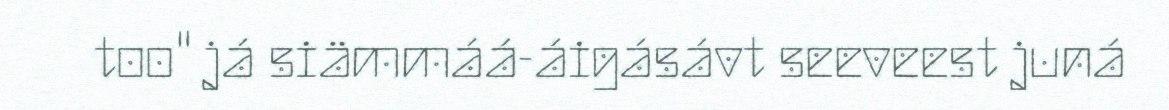
too" já siämmáá-áigásávt seeveest juná